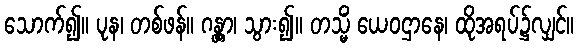
သောက်၍။ ပုန၊ တစ်ဖန်။ ဂန္တွာ၊ သွား၍။ တသ္မိံ ယေဝဌာနေ၊ ထိုအရပ်၌လျှင်။